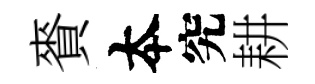
賚夲究耕